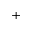
{ + }